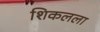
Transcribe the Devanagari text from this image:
शिकलला